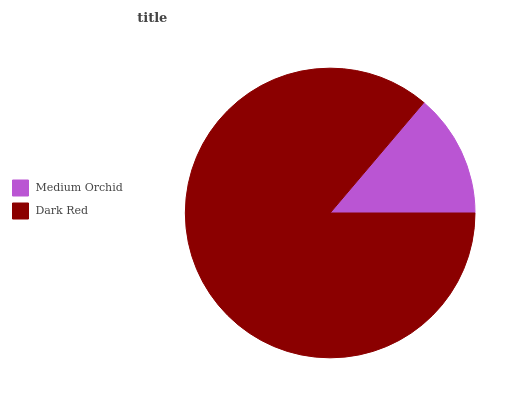
| Medium Orchid | Dark Red |
 | --- | --- |
 | 13.8% | 86.2% |